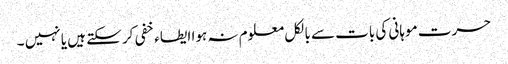
حسرت موہانی کی بات سے بالکل معلوم نہ ہوا ایطاء خفی کر سکتے ہیں یا نہیں ۔